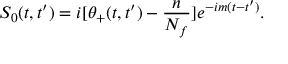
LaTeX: S _ { 0 } ( t , t ^ { \prime } ) = i [ \theta _ { + } ( t , t ^ { \prime } ) - { \frac { n } { N _ { f } } } ] e ^ { - i m ( t - t ^ { \prime } ) } .